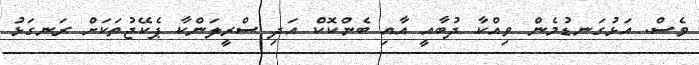
ވެސް. އަޅުގަނޑުމެން ވިއްކާ ދުބާއީ އާއި ބެންކޮކް އަދި ސްރީލަންކާ ޕެކޭޖުތަކަށް ރަނގަޅު